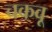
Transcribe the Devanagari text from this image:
चकवू